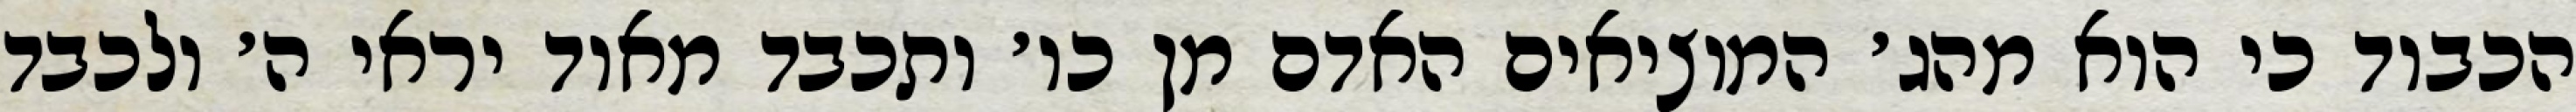
הכבוד כי הוא מהג׳ המוציאים האדם מן כו׳ ותכבד מאוד יראי ה׳ ולכבד